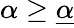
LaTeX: \alpha\geq\underline{{\alpha}}